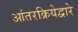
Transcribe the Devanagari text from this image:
आंतरक्रियेद्वारे